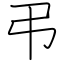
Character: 弔